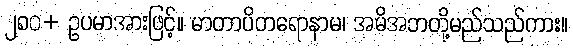
၂၈၀+ ဥပမာအားဖြင့်။ မာတာပိတရောနာမ၊ အမိအဘတို့မည်သည်ကား။